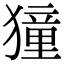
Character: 獞